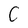
Character: C